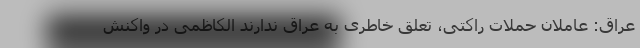
عراق: عاملان حملات راکتی، تعلق خاطری به عراق ندارند الکاظمی در واکنش